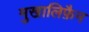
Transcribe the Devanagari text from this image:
मुखालिफ़ैन